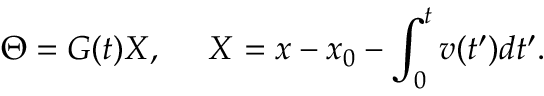
\Theta = G ( t ) X , ~ ~ ~ ~ X = x - x _ { 0 } - \int _ { 0 } ^ { t } v ( t ^ { \prime } ) d t ^ { \prime } .